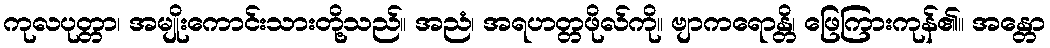
ကုလပုတ္တာ၊ အမျိုးကောင်းသားတို့သည်။ အညံ၊ အရဟတ္တဖိုလ်ကို။ ဗျာကရောန္တိ၊ ဖြေကြားကုန်၏။ အန္တော